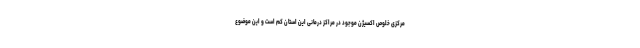
مرکزی خلوص اکسیژن موجود در مراکز درمانی این استان کم است و این موضوع